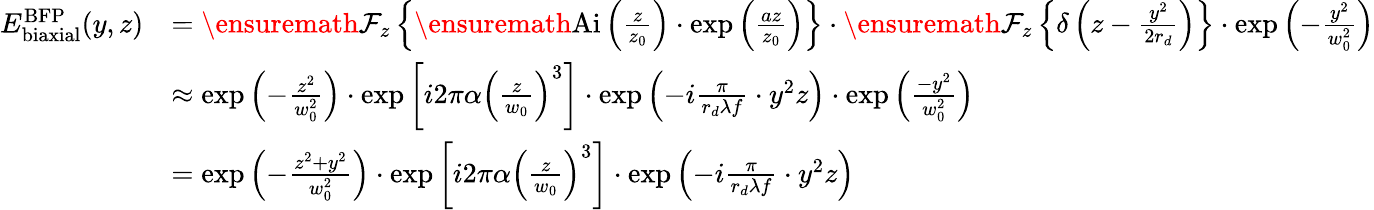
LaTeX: \begin{array}{rl}{E_{\mathrm{biaxial}}^{\mathrm{BFP}}(y,z)}&{=\ensuremath{\mathcal{F}}_{z}\left\{ \ensuremath{\mathrm{Ai}}\left(\frac{z}{z_{0}}\right)\cdot\exp\left(\frac{az}{z_{0}}\right)\right\} \cdot\ensuremath{\mathcal{F}}_{z}\left\{ \delta\left(z-\frac{y^{2}}{2r_{d}}\right)\right\} \cdot\exp\left(-\frac{y^{2}}{w_{0}^{2}}\right)}\\ &{\approx\exp\left(-\frac{z^{2}}{w_{0}^{2}}\right)\cdot\exp\left[i2\pi\alpha\left(\frac{z}{w_{0}}\right)^{3}\right]\cdot\exp\left(-i\frac{\pi}{r_{d}\lambda f}\cdot y^{2}z\right)\cdot\exp\left(\frac{-y^{2}}{w_{0}^{2}}\right)}\\ &{=\exp\left(-\frac{z^{2}+y^{2}}{w_{0}^{2}}\right)\cdot\exp\left[i2\pi\alpha\left(\frac{z}{w_{0}}\right)^{3}\right]\cdot\exp\left(-i\frac{\pi}{r_{d}\lambda f}\cdot y^{2}z\right)}\end{array}